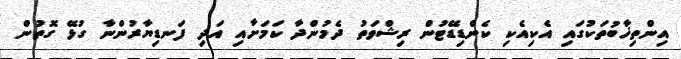
އިންތިޚާބުތަކުގައި އެކިއެކި ކެންޑިޑޭޓުން ރިޝްވަތު ދެމުންދާ ކަމަށާއި އަދި ފަނޑިޔާރުންނާ ގުޅޭ ގޮތުން